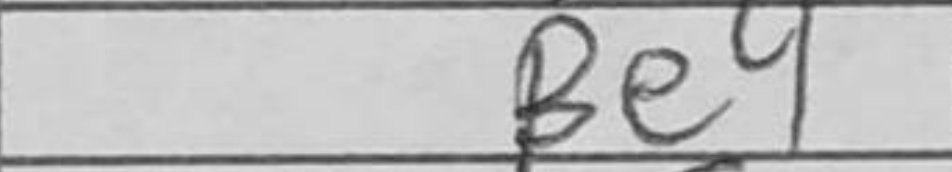
Transcription: Be4